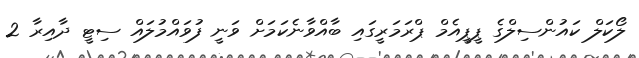
ލޯކަލް ކައުންސިލްގެ ޕީޕީއެމް ޕްރަމަރީގައި ބާއްވާނެކަމަށް ވަނީ ފުވައްމުލައް ސިޓީ ދާއިރާ 2